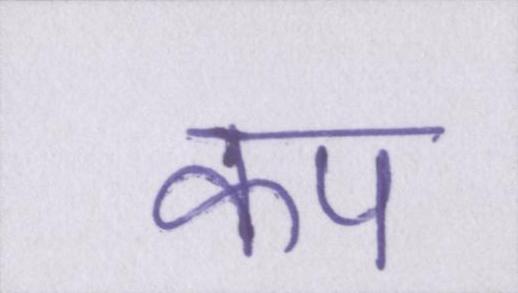
कप